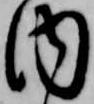
内